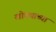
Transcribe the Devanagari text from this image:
खोक्याच्या